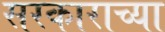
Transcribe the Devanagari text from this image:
सरकाराच्या